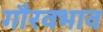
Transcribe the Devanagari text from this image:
गौरवभाव